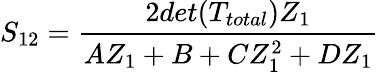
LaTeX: S_{12}=\frac{2det(T_{total})Z_{1}}{AZ_{1}+B+CZ_{1}^{2}+DZ_{1}}